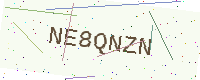
Text: NE8QNZN